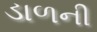
ડાળની